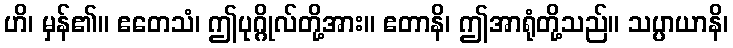
ဟိ၊ မှန်၏။ ဧတေသံ၊ ဤပုဂ္ဂိုလ်တို့အား။ ဧတာနိ၊ ဤအာရုံတို့သည်။ သပ္ပာယာနိ၊